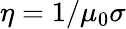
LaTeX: \eta=1/\mu_{0}\sigma